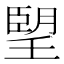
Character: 朢